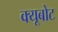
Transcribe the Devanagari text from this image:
क्यूबोट